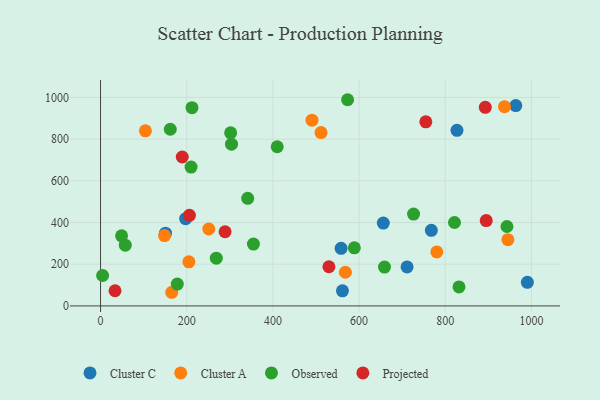
{"axis": {"x": "Experience", "y": "Profit"}, "legend": ["Cluster A", "Cluster C", "Observed", "Projected"], "data": [{"x": "561.4", "y": 72.4, "type": "Cluster C"}, {"x": "963.7", "y": 960.7, "type": "Cluster C"}, {"x": "558.3", "y": 276.0, "type": "Cluster C"}, {"x": "656.2", "y": 397.2, "type": "Cluster C"}, {"x": "767.7", "y": 362.4, "type": "Cluster C"}, {"x": "197.4", "y": 418.3, "type": "Cluster C"}, {"x": "711.4", "y": 186.8, "type": "Cluster C"}, {"x": "150.7", "y": 348.7, "type": "Cluster C"}, {"x": "827.2", "y": 842.2, "type": "Cluster C"}, {"x": "990.6", "y": 113.0, "type": "Cluster C"}, {"x": "780.4", "y": 258.9, "type": "Cluster A"}, {"x": "511.7", "y": 831.4, "type": "Cluster A"}, {"x": "165.2", "y": 65.4, "type": "Cluster A"}, {"x": "937.5", "y": 955.9, "type": "Cluster A"}, {"x": "945.4", "y": 317.5, "type": "Cluster A"}, {"x": "104.1", "y": 839.8, "type": "Cluster A"}, {"x": "251.2", "y": 369.0, "type": "Cluster A"}, {"x": "148.5", "y": 337.3, "type": "Cluster A"}, {"x": "568.2", "y": 161.5, "type": "Cluster A"}, {"x": "205.0", "y": 211.4, "type": "Cluster A"}, {"x": "490.7", "y": 890.7, "type": "Cluster A"}, {"x": "821.4", "y": 400.0, "type": "Observed"}, {"x": "268.6", "y": 229.2, "type": "Observed"}, {"x": "573.4", "y": 989.0, "type": "Observed"}, {"x": "589.0", "y": 278.7, "type": "Observed"}, {"x": "57.4", "y": 291.2, "type": "Observed"}, {"x": "831.9", "y": 91.2, "type": "Observed"}, {"x": "210.1", "y": 665.8, "type": "Observed"}, {"x": "341.5", "y": 515.9, "type": "Observed"}, {"x": "726.4", "y": 440.4, "type": "Observed"}, {"x": "301.9", "y": 830.2, "type": "Observed"}, {"x": "659.0", "y": 186.2, "type": "Observed"}, {"x": "48.8", "y": 336.1, "type": "Observed"}, {"x": "212.2", "y": 950.9, "type": "Observed"}, {"x": "161.8", "y": 847.3, "type": "Observed"}, {"x": "303.9", "y": 775.6, "type": "Observed"}, {"x": "410.0", "y": 763.4, "type": "Observed"}, {"x": "354.8", "y": 296.6, "type": "Observed"}, {"x": "943.2", "y": 380.8, "type": "Observed"}, {"x": "178.1", "y": 104.5, "type": "Observed"}, {"x": "4.8", "y": 145.9, "type": "Observed"}, {"x": "206.3", "y": 434.7, "type": "Projected"}, {"x": "754.9", "y": 882.8, "type": "Projected"}, {"x": "895.1", "y": 409.1, "type": "Projected"}, {"x": "289.0", "y": 355.8, "type": "Projected"}, {"x": "189.6", "y": 714.2, "type": "Projected"}, {"x": "33.6", "y": 72.6, "type": "Projected"}, {"x": "530.0", "y": 187.9, "type": "Projected"}, {"x": "892.9", "y": 952.5, "type": "Projected"}]}